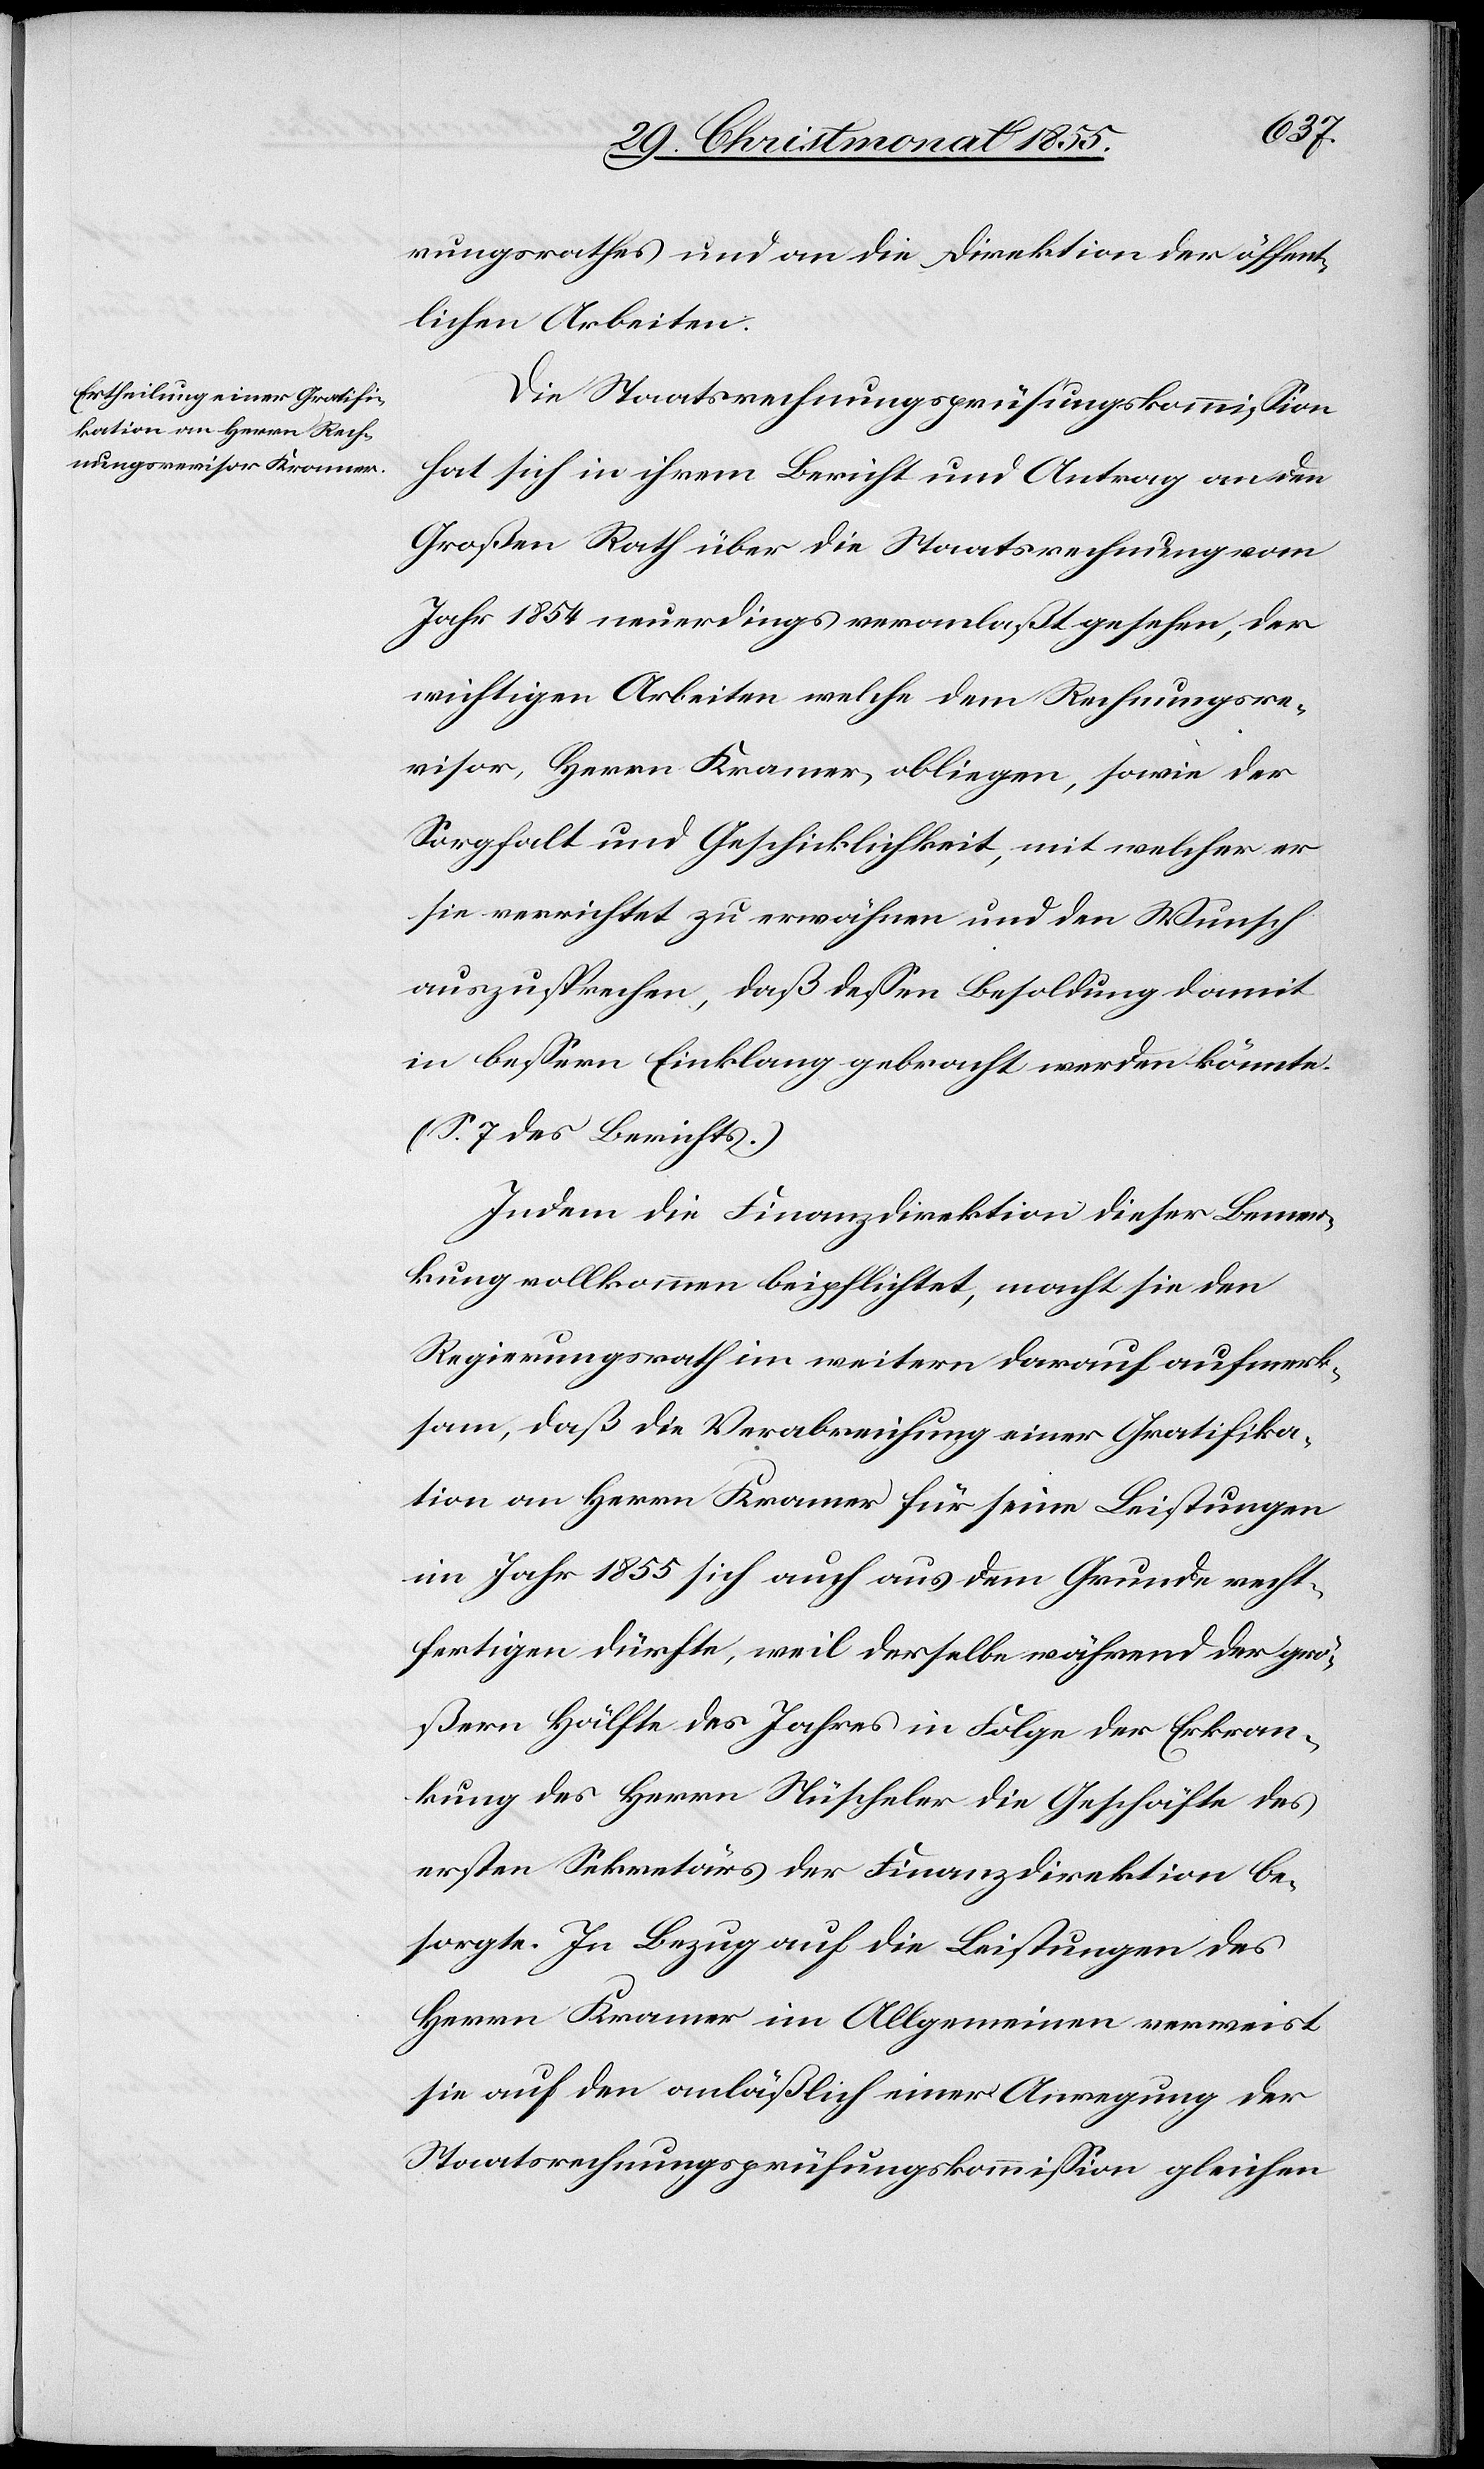
rungsrathes und an die Direktion der öffent¬
lichen Arbeiten.
Die Staatsrechnungsprüfungskommission
hat sich in ihrem Bericht und Antrag an den
Großen Rath über die Staatsrechnung vom
Jahr 1854 neuerdings veranlaßt gesehen, der
wichtigen Arbeiten welche dem Rechnungsre¬
visor, Herrn Kramer, obliegen, sowie der
Sorgfalt und Geschicklichkeit, mit welcher er
sie verrichtet zu erwähnen und den Wunsch
auszusprechen, daß dessen Besoldung damit
in bessern Einklang gebracht werden könnte.
(S. 7 des Berichts.)
Indem die Finanzdirektion dieser Bemer¬
kung vollkommen beipflichtet, macht sie den
Regierungsrath im weitern darauf aufmerk¬
sam, daß die Verabreichung einer Gratifika¬
tion an Herrn Kramer für seine Leistungen
im Jahr 1855 sich auch aus dem Grunde recht¬
fertigen dürfte, weil derselbe während der grö¬
ßern Hälfte des Jahres in Folge der Erkran¬
kung des Herrn Nüscheler die Geschäfte des
ersten Sekretärs der Finanzdirektion be¬
sorgte. In Bezug auf die Leistungen des
Herrn Kramer im Allgemeinen verweist
sie auf den anläßlich einer Anregung der
Staatsrechnungsprüfungskommission gleichen